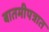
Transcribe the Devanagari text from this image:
बातमीपत्रात